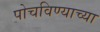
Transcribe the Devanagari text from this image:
पोचविण्याच्या